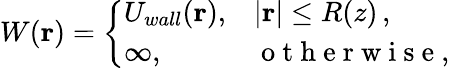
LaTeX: W(\mathbf{r})=\left\{ \begin{array}{ll}{U_{wall}(\mathbf{r}),}&{|\mathbf{r}|\leq R(z)\, ,}\\ {\infty,}&{\mathrm{~o~t~h~e~r~w~i~s~e~},}\end{array}\right.